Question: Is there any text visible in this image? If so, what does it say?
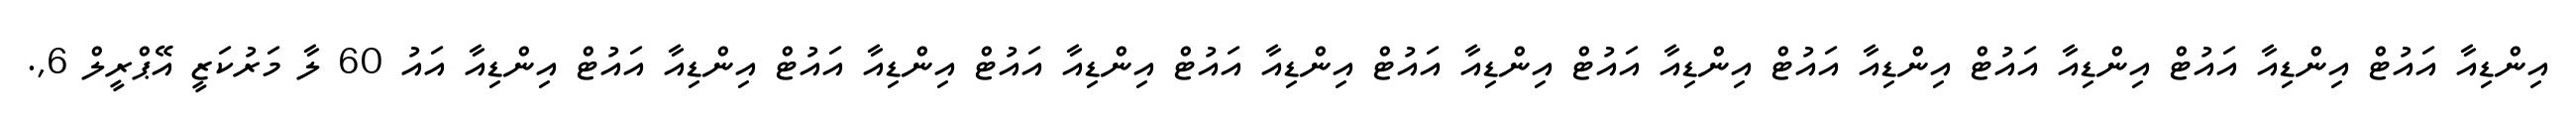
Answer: އިންޑިއާ އައުޓް އިންޑިއާ އައުޓް އިންޑިއާ އައުޓް އިންޑިއާ އައުޓް އިންޑިއާ އައުޓް އިންޑިއާ އައުޓް އިންޑިއާ އައުޓް އިންޑިއާ އައުޓް އިންޑިއާ އައުޓް އިންޑިއާ އައުޓް އިންޑިއާ އައު 60 ލާ މަރުކަޒީ އޭޕްރީލް 6,.